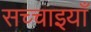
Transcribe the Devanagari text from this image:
सच्चाइयाँ